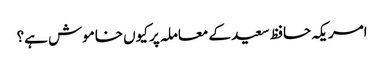
امریکہ حافظ سعید کے معاملہ پر کیوں خاموش ہے؟